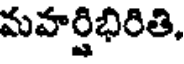
మహర్షిభిరితి,